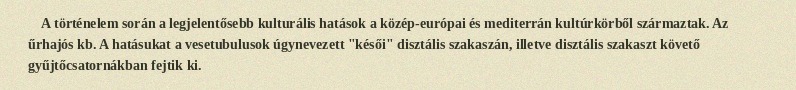
A történelem során a legjelentősebb kulturális hatások a közép-európai és mediterrán kultúrkörből származtak. Az űrhajós kb. A hatásukat a vesetubulusok úgynevezett "késői" disztális szakaszán, illetve disztális szakaszt követő gyűjtőcsatornákban fejtik ki.